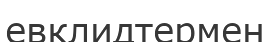
евклидтермен